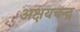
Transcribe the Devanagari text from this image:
अक्षयचन्द्र